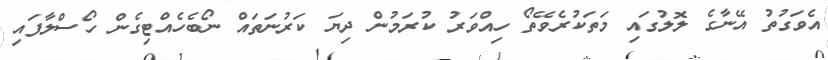
އެވަގުތު އޭނާގެ ލޮލުގައި މަތަކުރެވޭތޯ ހިއްވަރު ކުރަމުން ދިޔަ ކަރުނަތައް ނޯބެހެއްޓިގެން ހޯސްލާފައި